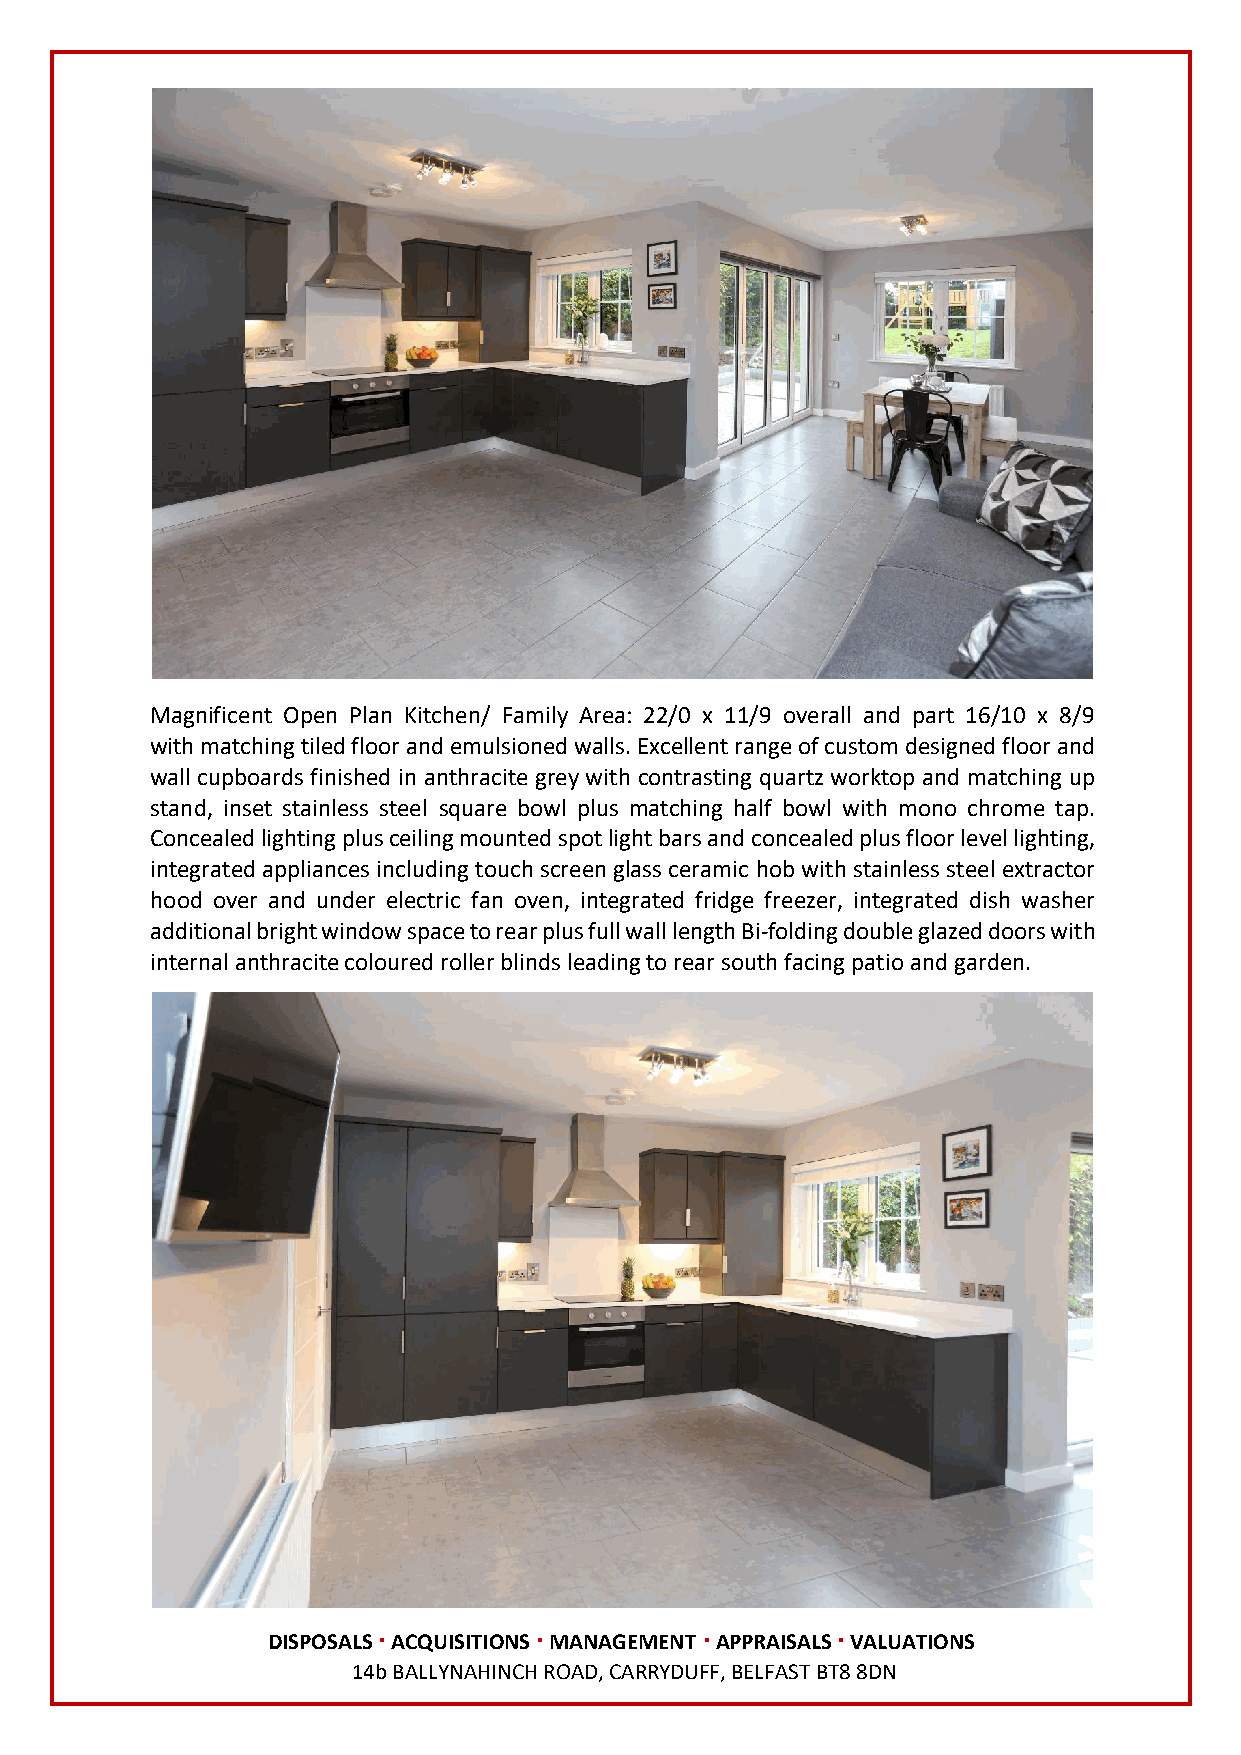
Magnificent Open Plan Kitchen/ Family Area: 22/0 x 11/9 overall and part 16/10 x 8/9
 with matching tiled floor and emulsioned walls. Excellent range of custom designed floor and
 wall cupboards finished in anthracite grey with contrasting quartz worktop and matching up
 stand, inset stainless steel square bowl plus matching half bowl with mono chrome tap.
 Concealed lighting plus ceiling mounted spot light bars and concealed plus floor level lighting,
 integrated appliances including touch screen glass ceramic hob with stainless steel extractor
 hood over and under electric fan oven, integrated fridge freezer, integrated dish washer
 additional bright window space to rear plus full wall length Bi-folding double glazed doors with
 internal anthracite coloured roller blinds leading to rear south facing patio and garden.
 DISPOSALS ∙ ACQUISITIONS ∙ MANAGEMENT ∙ APPRAISALS ∙ VALUATIONS
 14b BALLYNAHINCH ROAD, CARRYDUFF, BELFAST BT8 8DN